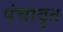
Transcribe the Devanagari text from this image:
पंचावृत